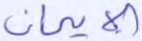
الإيمان